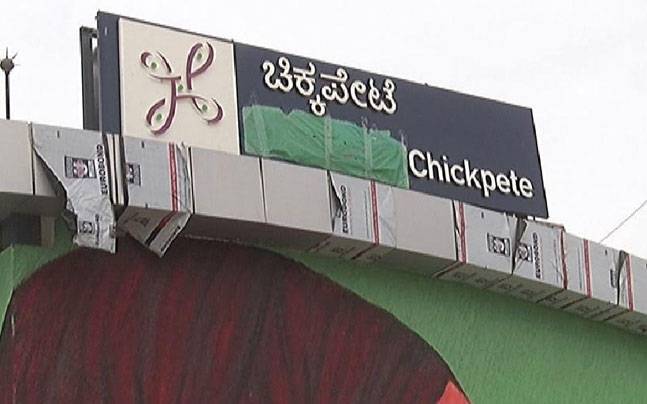
Language: kannada
Transcription: ಚಿಕ್ಕಪೇಟೆ